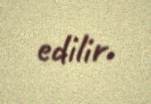
edilir.